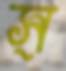
স্